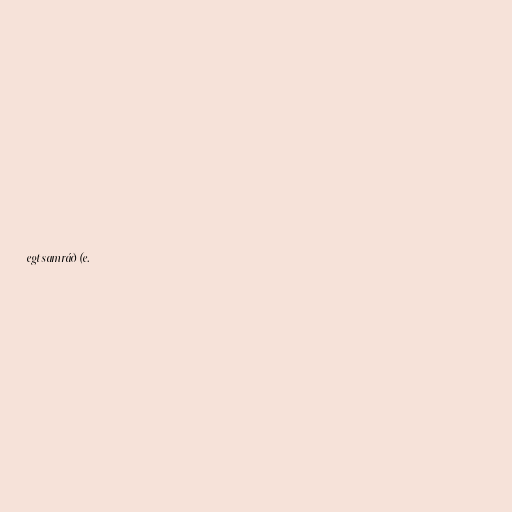
egt samráð (e.